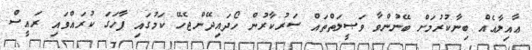
ޢާއިލާއެއް ބިނާކުރުމަށް ބޭނުންވާ ވަޞީލަތްތައް ސަރުކާރުން ހޯދައިދޭންޖެހޭ ކަމުގައި ފާހަގަ ކުރައްވައި ރައީސް